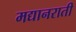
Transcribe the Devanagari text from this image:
मद्यानराती